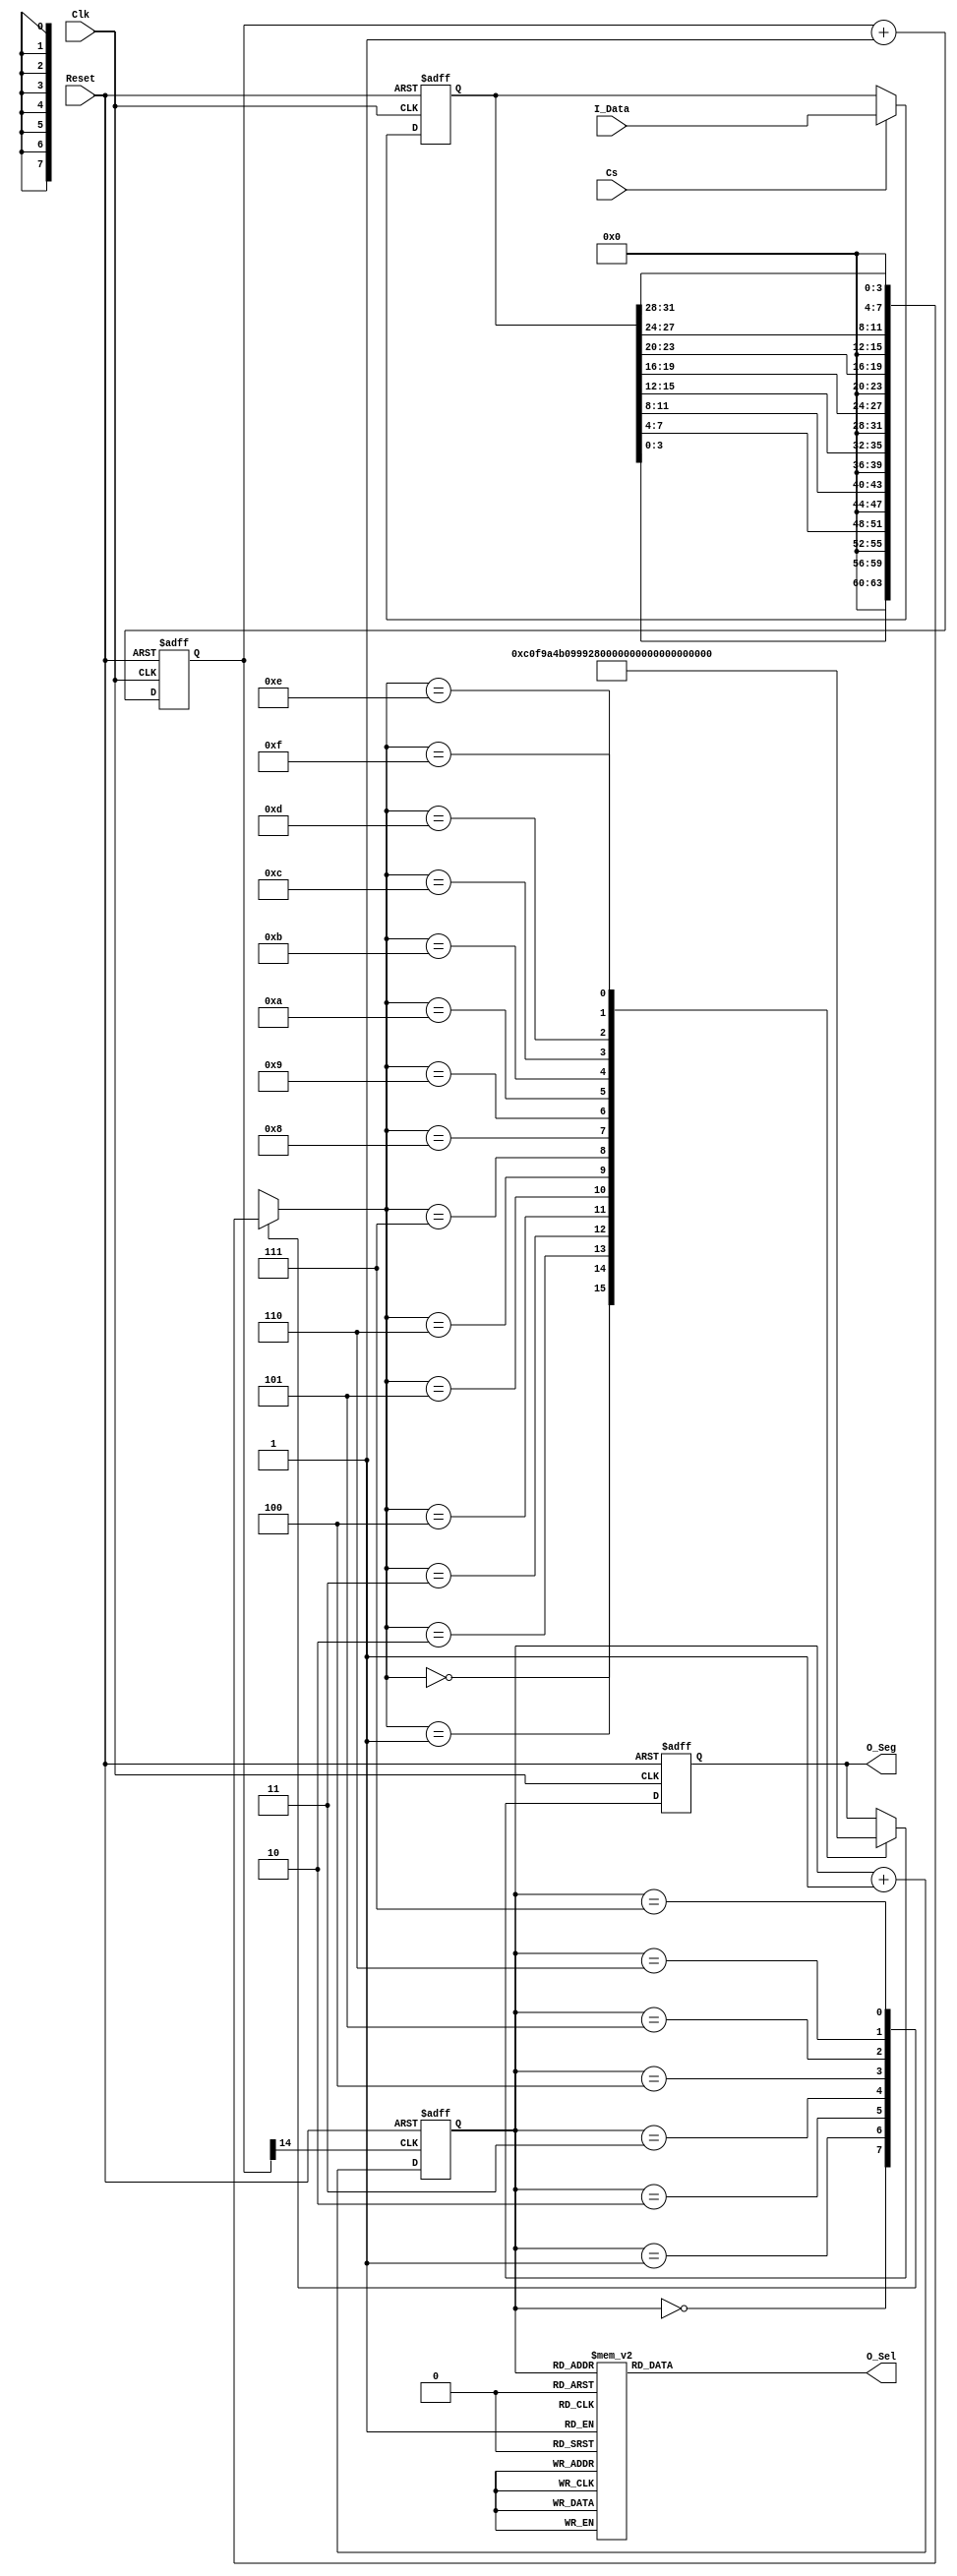
`timescale 1ns / 1ns

module Seg7x16(
    input Clk,
	input Reset,
	input Cs,
	input [31:0] I_Data,
	output [7:0] O_Seg,
	output [7:0] O_Sel
    ); 

    reg [14:0] Cnt; 
	 always @ (posedge Clk, posedge Reset)
      if (Reset)
        Cnt <= 0; 
      else
        Cnt <= Cnt + 1'B1; 
 
    wire Seg7_Clk = Cnt[14];  
	 
	 reg [2:0] Seg7_Addr; 
	 
	 always @ (posedge Seg7_Clk, posedge Reset)
	   if(Reset)
		  Seg7_Addr <= 0; 
		else
		  Seg7_Addr <= Seg7_Addr + 1'B1; 
		  
	 reg [7:0] O_Sel_R; 
	 
	 always @ (*)
	   case(Seg7_Addr)
		  7 : O_Sel_R = 8'B01111111; 
		  6 : O_Sel_R = 8'B10111111; 
		  5 : O_Sel_R = 8'B11011111; 
		  4 : O_Sel_R = 8'B11101111; 
		  3 : O_Sel_R = 8'B11110111; 
		  2 : O_Sel_R = 8'B11111011; 
		  1 : O_Sel_R = 8'B11111101; 
		  0 : O_Sel_R = 8'B11111110; 
		endcase
	
	 reg [31:0] I_Data_Store; 
	 always @ (posedge Clk, posedge Reset)
	   if(Reset)
		  I_Data_Store <= 0; 
		else if(Cs)
		  I_Data_Store <= I_Data; 
		  
	 reg [7:0] Seg_Data_R; 
	 always @ (*)
	   case(Seg7_Addr)
		  0 : Seg_Data_R = I_Data_Store[3:0]; 
		  1 : Seg_Data_R = I_Data_Store[7:4]; 
		  2 : Seg_Data_R = I_Data_Store[11:8]; 
		  3 : Seg_Data_R = I_Data_Store[15:12]; 
		  4 : Seg_Data_R = I_Data_Store[19:16]; 
		  5 : Seg_Data_R = I_Data_Store[23:20]; 
		  6 : Seg_Data_R = I_Data_Store[27:24]; 
		  7 : Seg_Data_R = I_Data_Store[31:28]; 
		endcase
	 
	 reg [7:0] O_Seg_R; 
	 always @ (posedge Clk, posedge Reset)
	   if(Reset)
		  O_Seg_R <= 8'Hff; 
		else
		  case(Seg_Data_R)
		    4'H0 : O_Seg_R <= 8'HC0; 
          4'H1 : O_Seg_R <= 8'HF9; 
          4'H2 : O_Seg_R <= 8'HA4; 
          4'H3 : O_Seg_R <= 8'HB0; 
          4'H4 : O_Seg_R <= 8'H99; 
          4'H5 : O_Seg_R <= 8'H92; 
          4'H6 : O_Seg_R <= 8'H82; 
          4'H7 : O_Seg_R <= 8'HF8; 
          4'H8 : O_Seg_R <= 8'H80; 
          4'H9 : O_Seg_R <= 8'H90; 
          4'HA : O_Seg_R <= 8'H88; 
          4'HB : O_Seg_R <= 8'H83; 
          4'HC : O_Seg_R <= 8'HC6; 
          4'HD : O_Seg_R <= 8'HA1; 
          4'HE : O_Seg_R <= 8'H86; 
          4'HF : O_Seg_R <= 8'H8E; 
		  endcase
		  
	 assign O_Sel = O_Sel_R; 
	 assign O_Seg = O_Seg_R; 

endmodule